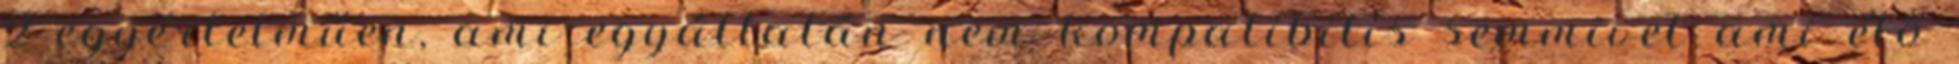
2 egyértelműen, ami egyáltalán nem kompatibilis semmivel ami élő